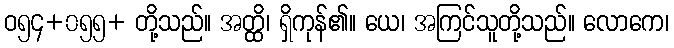
ဝ၅၄+၀၅၅+ တို့သည်။ အတ္ထိ၊ ရှိကုန်၏။ ယေ၊ အကြင်သူတို့သည်။ လောကေ၊